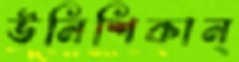
উনিশিকান্